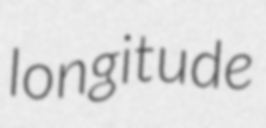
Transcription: longitude